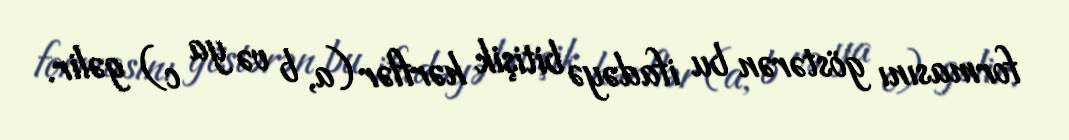
formasını göstərən bu ifadəyə bitişik hərflər (a, b və ya c) gəlir.